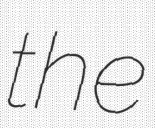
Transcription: the